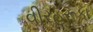
વીરહરૂકા